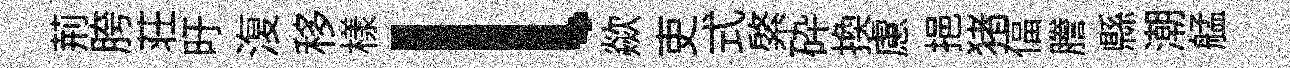
荊胯荘旴𣸪移樣l歘吏式綮砕換慮挹猪偪謄縣潮艋